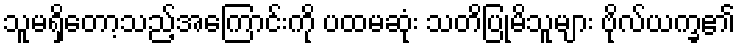
သူမရှိတော့သည့်အကြောင်းကို ပထမဆုံး သတိပြုမိသူများ ဗိုလ်ယက္ခ၏